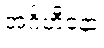
အင်္ဂဟီနော